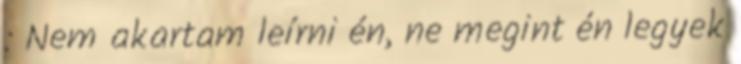
: Nem akartam leírni én, ne megint én legyek